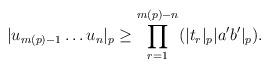
\begin{align*} |u_{m(p)-1}\dots u_n|_p \geq \prod^{m(p)-n}_{r=1}(|t_r|_p|a'b'|_p).\end{align*}